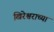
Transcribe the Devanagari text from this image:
खिरेश्वराच्या